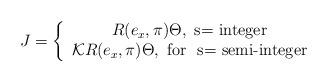
LaTeX: \begin{align*}J=\left\{ \begin{array}{c}R(e_{x},\pi )\Theta ,\mbox{ s= integer} \\ {\cal K}R(e_{x},\pi )\Theta ,\mbox{ for~ s= semi-integer}\end{array}\right. \end{align*}